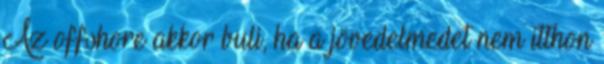
Az offshore akkor buli, ha a jövedelmedet nem itthon